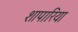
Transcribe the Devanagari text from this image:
शापारिया